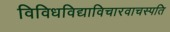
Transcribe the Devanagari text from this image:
विविधविद्याविचारवाचस्पति